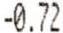
-0.72